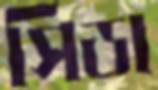
সিডা